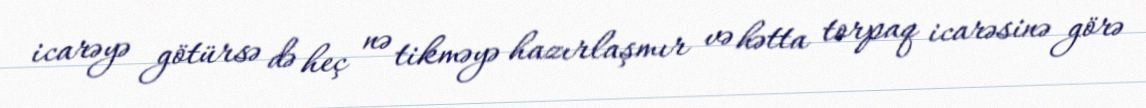
icarəyə götürsə də heç nə tikməyə hazırlaşmır və hətta torpaq icarəsinə görə